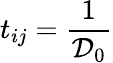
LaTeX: t_{ij}=\frac{1}{\mathcal{D}_{0}}